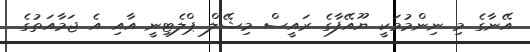
އޭނާގެ މި ނިންމުމަކީ ޔޫއޭފާގެ ރައީސް މިޝޭލް ޕްލެޓިނީ އާއި އެ ޖަމާއަތުގެ